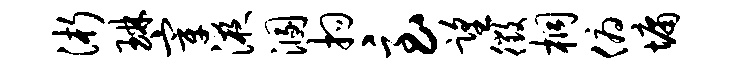
浙琳宰液溷拘急望徵桐俯墉